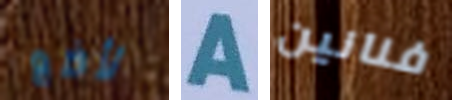
لأضع A فنانين